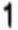
1